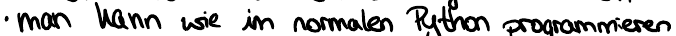
man kann wie im normalen Python programmieren